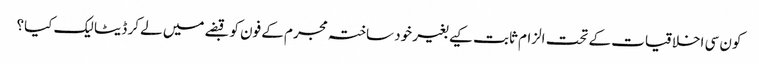
کون سی اخلاقیات کے تحت الزام ثابت کیے بغیر خود ساختہ مجرم کے فون کو قبضے میں لے کر ڈیٹا لیک کیا؟